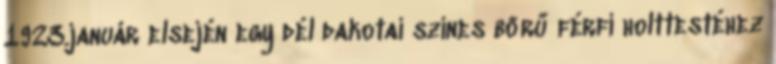
1923.január elsején egy dél dakotai színes bőrű férfi holttestéhez